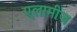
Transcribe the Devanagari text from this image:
एलामीज